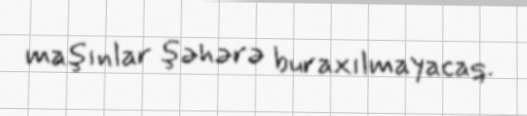
maşınlar şəhərə buraxılmayacaq.